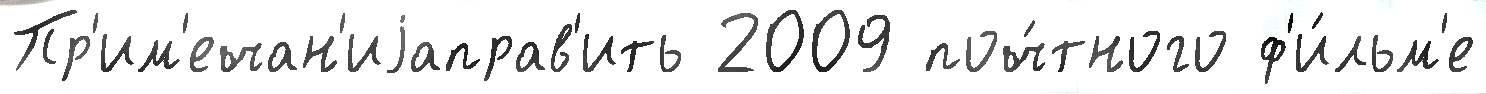
Пр'им'ечан'иjаправ'ить 2009 поч́тного ф'и́льм'е